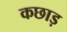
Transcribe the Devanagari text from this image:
कछाड़